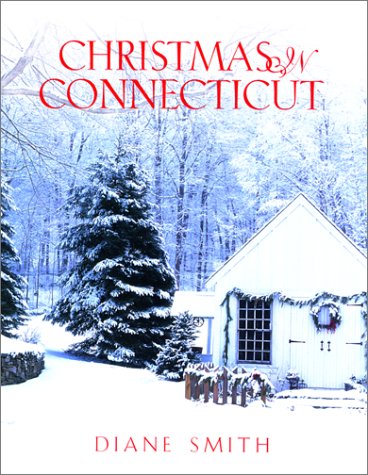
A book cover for Christmas in Connecticut (Broadcast Tie-Ins); Diane Smith; Travel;